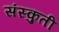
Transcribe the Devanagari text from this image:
संस्कुती